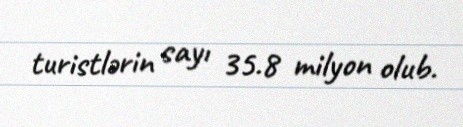
turistlərin sayı 35.8 milyon olub.